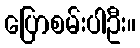
ပြောစမ်းပါဦး။